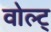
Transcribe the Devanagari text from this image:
वोल्ट्